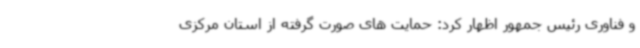
و فناوری رئیس جمهور اظهار کرد: حمایت های صورت گرفته از استان مرکزی